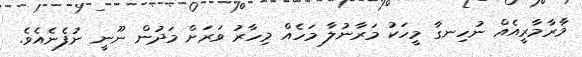
މާރާމާރީއެއް ނުހިނގާ މީހަކު މަރާނުލާ މަހެއް މިހާރު ވަރަށް މަދުން ނޫނީ ނުފެނެއެވެ.